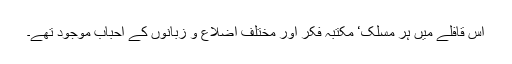
اس قافلے میں ہر مسلک‘ مکتبہ فکر اور مختلف اضلاع و زبانوں کے احباب موجود تھے۔